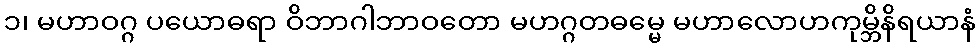
၁၊ မဟာဝဂ္ဂ ပယောဓရာ ဝိဘာဂါဘာဝတော မဟဂ္ဂတဓမ္မေ မဟာလောဟကုမ္ဘိနိရယာနံ